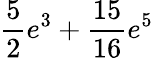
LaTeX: \frac 52e^{3}+\frac{15}{16}e^{5}